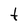
Character: t